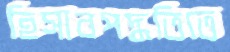
হিসাবপদ্ধতিতে